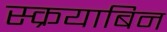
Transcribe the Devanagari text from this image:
स्क्रयाबिन